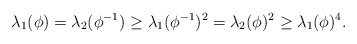
\begin{align*}\lambda_1(\phi) = \lambda_2(\phi^{-1}) \geq \lambda_1(\phi^{-1})^2 = \lambda_2(\phi)^2 \geq \lambda_1(\phi)^4.\end{align*}